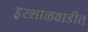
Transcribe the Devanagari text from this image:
इरशाळवाडीत